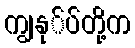
ကျွနု်ပ်တို့က